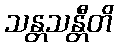
သန္တသန္တီတိ